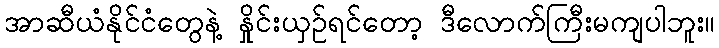
အာဆီယံနိုင်ငံတွေနဲ့ နှိုင်းယှဉ်ရင်တော့ ဒီလောက်ကြီးမကျပါဘူး။